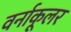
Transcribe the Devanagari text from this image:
वर्नाकूलर